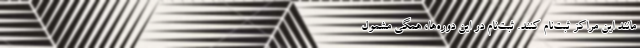
مانند این‌ مراکز ثبت‌نام کنند. ثبت‌نام در این دوره‌ها، همگی مشمول